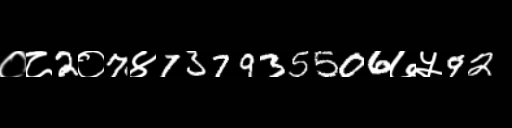
Text: ०८2०7४737935506७५92